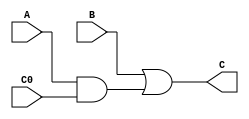
`timescale 1ns / 1ps
//////////////////////////////////////////////////////////////////////////////////
// Company: 
// Engineer: 
// 
// Design Name: 
// Module Name:    one_bit_lookahead_carry_calculator 
// Project Name: 
// Target Devices: 
// Tool versions: 
// Description: 
//
// Dependencies: 
//
// Revision: 
// Revision 0.01 - File Created
// Additional Comments: 
//
//////////////////////////////////////////////////////////////////////////////////
module one_bit_lookahead_carry_calculator(A, B, C0, C);

input A; // this will be the carry PROPAGATOR ....
input B;  // this will be the carry GENERATOR..
input C0; // this is the carry of the previous step ....
output C; // this is the or of genertor , & and of C0 and propagator ...

assign C = (B | (A&C0)) ;

endmodule